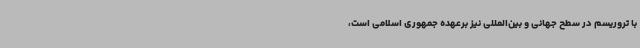
با تروریسم در سطح جهانی و بین‌المللی نیز برعهده جمهوری اسلامی است،